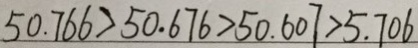
5 0 . 7 6 6 > 5 0 . 6 7 6 > 5 0 . 6 0 7 > 5 . 7 0 6